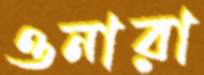
ওনারা